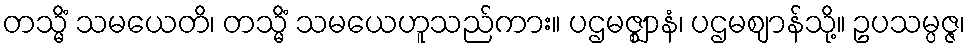
တသ္မိံ သမယေတိ၊ တသ္မိံ သမယေဟူသည်ကား။ ပဌမဇ္ဈာနံ၊ ပဌမဈာန်သို့။ ဥပသမ္ပဇ္ဇ၊